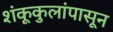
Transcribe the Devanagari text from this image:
शंकूकुलांपासून